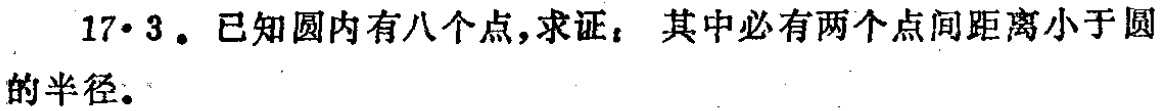
17·3。已知圆内有八个点，求证：其中必有两个点间距离小于圆的半径。